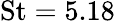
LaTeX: \mathrm{St}=5.18